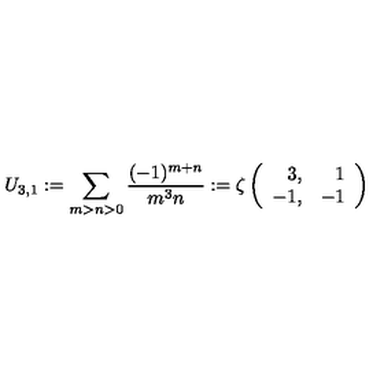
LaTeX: U _ { 3 , 1 } : = \sum _ { m > n > 0 } \frac { ( - 1 ) ^ { m + n } } { m ^ { 3 } n } : = \zeta \left( \begin{array} { r r } { 3 , } & { 1 } \\ { - 1 , } & { - 1 } \\ \end{array} \right)